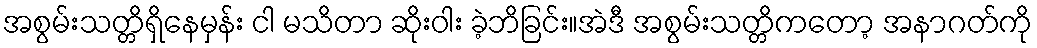
အစွမ်းသတ္တိရှိနေမှန်း ငါ မသိတာ ဆိုးဝါး ခဲ့ဘိခြင်း။အဲဒီ အစွမ်းသတ္တိကတော့ အနာဂတ်ကို